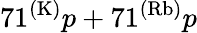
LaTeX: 71^{(\mathrm{K)}}p+71^{(\mathrm{Rb)}}p